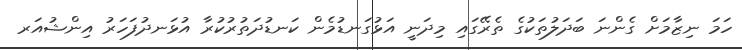
ހަމަ ނިޒާމަށް ގެންނަ ބަދަލުތަކުގެ ތެރޭގައި މިދަނީ އަޅުގަނޑުމެން ކަނޑުދަތުރުކުރާ އުޅަނދުފަހަރު އިންޝުއަރ